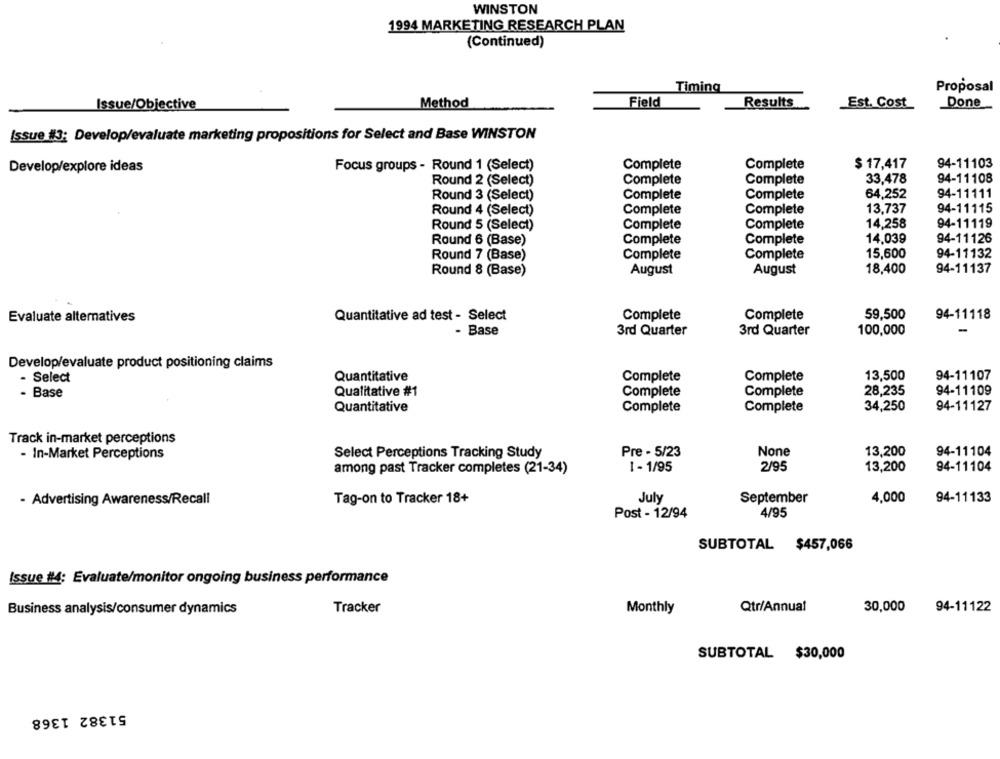
WINSTON
1994 MARKETING RESEARCH PLAN
(Continued)
Timing
Proposal
Issue/Objective
Method
Field
Results
Est. Cost
Done
Issue #3: Develop/evaluate marketing propositions for Select and Base WINSTON
Develop/explore ideas
Focus groups - Round 1 (Select)
Complete
Complete
$ 17,417
94-11103
Round 2 (Select)
Complete
Complete
33,478
94-11108
Round 3 (Select)
Complete
Complete
64,252
94-11111
Round 4 (Select)
Complete
Complete
13,737
94-11115
Round 5 (Select)
Complete
Complete
14,258
94-11119
Round 6 (Base)
Complete
Complete
14,039
94-11126
Round 7 (Base)
Complete
Complete
15,600
94-11132
Round 8 (Base)
August
August
18,400
94-11137
Evaluate alternatives
Quantitative ad test - Select
Complete
Complete
59,500
94-11118
- Base
3rd Quarter
3rd Quarter
100,000
Develop/evaluate product positioning claims
- Select
Quantitative
Complete
Complete
13,500
94-11107
- Base
Qualitative #1
Complete
Complete
28,235
94-11109
Quantitative
Complete
Complete
34,250
94-11127
Track in-market perceptions
- In-Market Perceptions
Select Perceptions Tracking Study
Pre - 5/23
13,200
94-11104
among past Tracker completes (21-34)
1 - 1/95
2/95
13,200
94-11104
- Advertising Awareness/Recall
Tag-on to Tracker 18+
July
September
4,000
94-11133
Post - 12/94
4/95
SUBTOTAL $457,066
Issue #4: Evaluate/monitor ongoing business performance
Qtr/Annual
30,000
94-11122
Business analysis/consumer dynamics
Tracker
Monthly
SUBTOTAL $30,000
51382 1368